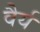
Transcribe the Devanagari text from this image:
वैर्य